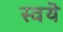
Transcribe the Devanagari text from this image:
स्वयॆ